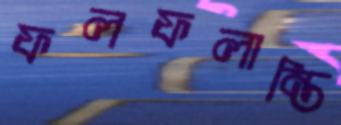
ফলফলান্তি